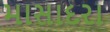
માસાદરા